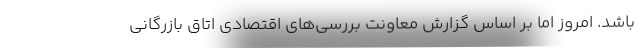
باشد. امروز اما بر اساس گزارش معاونت بررسی‌های اقتصادی اتاق بازرگانی